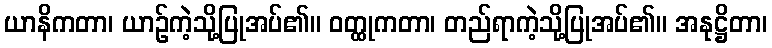
ယာနိကတာ၊ ယာဉ်ကဲ့သို့ပြုအပ်၏။ ဝတ္ထုကတာ၊ တည်ရာကဲ့သို့ပြုအပ်၏။ အနုဋ္ဌိတာ၊